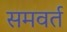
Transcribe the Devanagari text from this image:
समवर्त